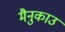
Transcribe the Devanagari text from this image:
मैनुकाउ